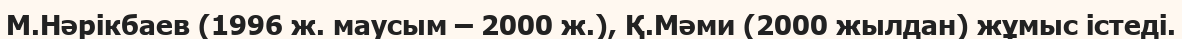
М.Нәрікбаев (1996 ж. маусым – 2000 ж.), Қ.Мәми (2000 жылдан) жұмыс істеді.